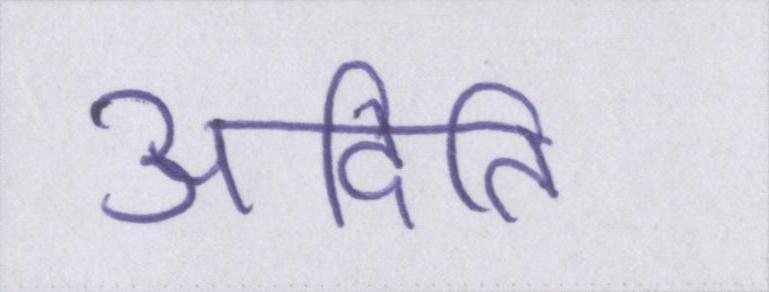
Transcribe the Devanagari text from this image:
अदिति